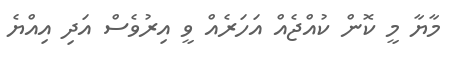
މާޔާ މީ ކޮން ކުއްޖެއް އަހަރެއް ވީ އިރުވެސް އަދި އިއްޔެ